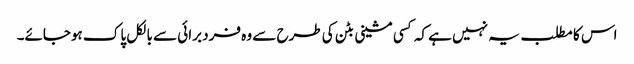
اس کا مطلب یہ نہیں ہے کہ کسی مشینی بٹن کی طرح سے وہ فرد برائی سے بالکل پاک ہوجائے۔